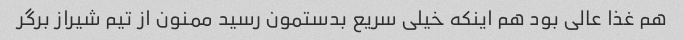
هم غذا عالی بود هم اینکه خیلی سریع بدستمون رسید ممنون از تیم شیراز برگر